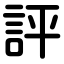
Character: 評